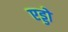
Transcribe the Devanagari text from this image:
एड्डो